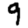
Digit: 9